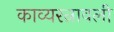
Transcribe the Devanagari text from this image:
काव्यरत्नावली